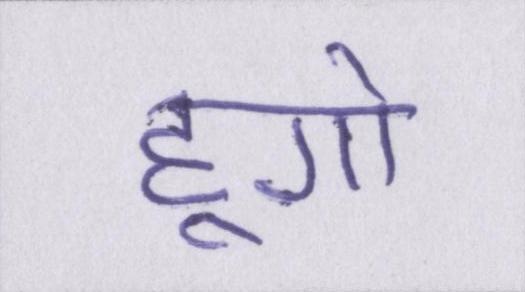
हूगो